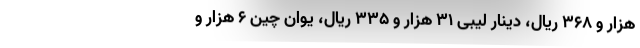
هزار و ۳۶۸ ریال، دینار لیبی ۳۱ هزار و ۳۳۵ ریال، یوان چین ۶ هزار و